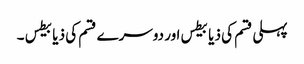
پہلی قسم کی ذیابیطس اور دوسرے قسم کی ذیابیطس ۔